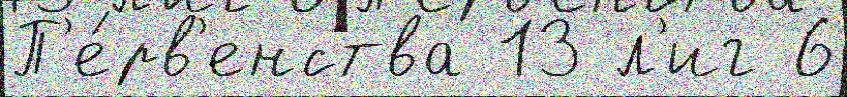
П'е́рв'енства 13 л'иг 6